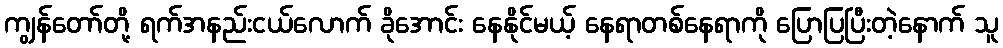
ကျွန်တော်တို့ ရက်အနည်းငယ်လောက် ခိုအောင်း နေနိုင်မယ့် နေရာတစ်နေရာကို ပြောပြပြီးတဲ့နောက် သူ